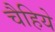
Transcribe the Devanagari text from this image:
चैहिये